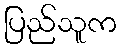
ပြည်သူက